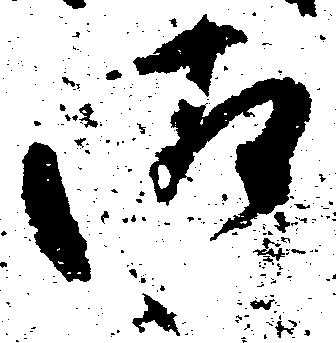
御